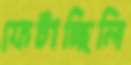
ফেটাচ্ছিলি